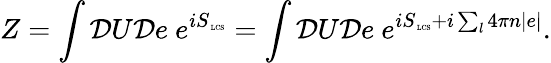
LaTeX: Z=\int{\cal D}U{\cal D}e~e^{iS_{\mathrm{\tiny~LCS}}}=\int{\cal D}U{\cal D}e~e^{iS_{\mathrm{\tiny~LCS}}+i\sum_{l}4\pi n|e|}.